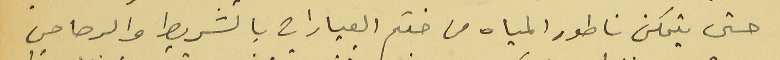
حتى يتمكن ناطور المياه من ختم العيارات بالشريط والرصاص